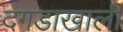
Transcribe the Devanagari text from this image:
दगडाखाली